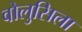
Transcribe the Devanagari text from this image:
वोलुसिला